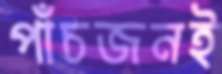
পাঁচজনই